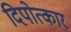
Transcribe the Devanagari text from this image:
दिपोत्कार